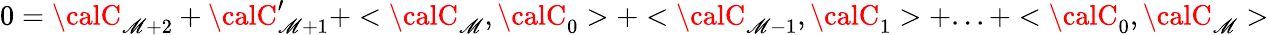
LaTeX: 0={\calC}_{\mathscr{M}+2}+{\calC}_{\mathscr{M}+1}^{\prime}+<{\calC}_{\mathscr{M}},{\calC}_{0}>+<{\calC}_{\mathscr{M}-1},{\calC}_{1}>+...+<{\calC}_{0},{\calC}_{\mathscr{M}}>